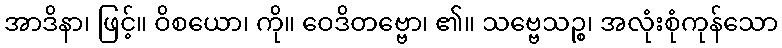
အာဒိနာ၊ ဖြင့်။ ဝိစယော၊ ကို။ ဝေဒိတဗ္ဗော၊ ၏။ သဗ္ဗေသဉ္စ၊ အလုံးစုံကုန်သော